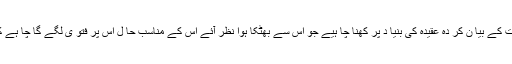
اصل یہ ہے کہ ہر گرو ہ بلا تعصب کتا ب و سنت کے بیا ن کر دہ عقیدہ کی بنیا د پر کھنا چا ہیے جو اس سے بھٹکا ہوا نظر آئے اس کے مناسب حا ل اس پر فتو ی لگے گا چا ہے کو ئی بر یلو ی ہو یا اس کا غیر غور فر ما ئیے!